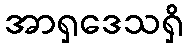
အာရှဒေသရှိ